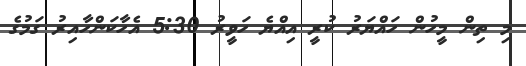
މި ތިން މީހުން ހައްޔަރު ކުރީ އިއްޔެ ހަވީރު 5:30 އެހާކަންހާއިރު ގަމުގެ